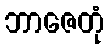
ဘာဇေတုံ